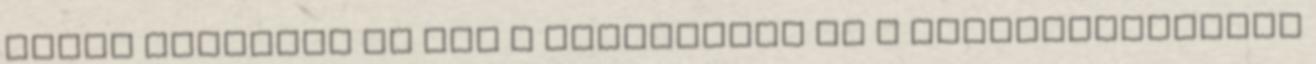
volna cserélni és nem a hidrotőkét és a vezérműtengelyt